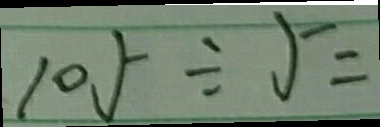
1 0 5 \div 5 =